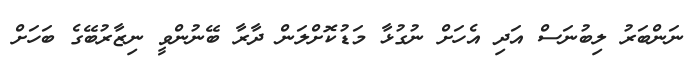
ނަންބަރު ލިބުނަސް އަދި އެހަށް ނުގުޅާ މަޑުކޮށްލަން ދާރާ ބޭނުންވީ ނިޒާރުބޭގެ ބަހަށް